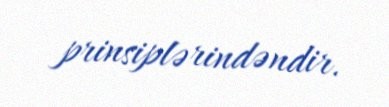
prinsiplərindəndir.